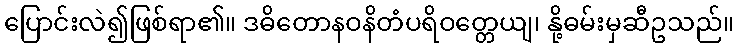
ပြောင်းလဲ၍ဖြစ်ရာ၏။ ဒဓိတောနဝနိတံပရိဝတ္တေယျ၊ နို့ဓမ်းမှဆီဥသည်။